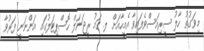
މިވަގުތު ހާލު ސީރިއަސްވެފައިވާ އެމީހާއަށް ލ. ގަމު ރީޖަނަލް ހޮސްޕިޓަލުގައި އަންނަނީ ފަރުވާ